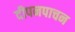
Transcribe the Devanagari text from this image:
दीपनपाचन